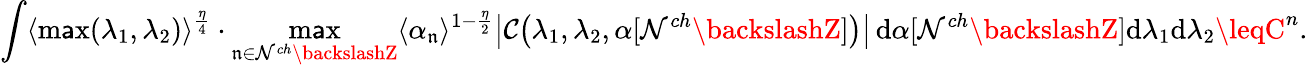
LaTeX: \int\langle\operatorname*{m\mathsf{a}x}(\lambda_{1},\lambda_{2})\rangle^{\frac{{\eta}}{{4}}}\cdot\operatorname*{m\mathsf{a}x}_{\mathfrak{n}\in\mathcal{N}^{ch}\backslashZ}\langle\alpha_{\mathfrak{n}}\rangle^{1-\frac{{\eta}}{{2}}}\big|\mathcal{C}\big(\lambda_{1},\lambda_{2},\alpha[\mathcal{N}^{ch}\backslashZ]\big)\big|\, \mathrm{{d}}\alpha[\mathcal{N}^{ch}\backslashZ]\mathrm{{d}}\lambda_{1}\mathrm{{d}}\lambda_{2}\leqC^{n}.